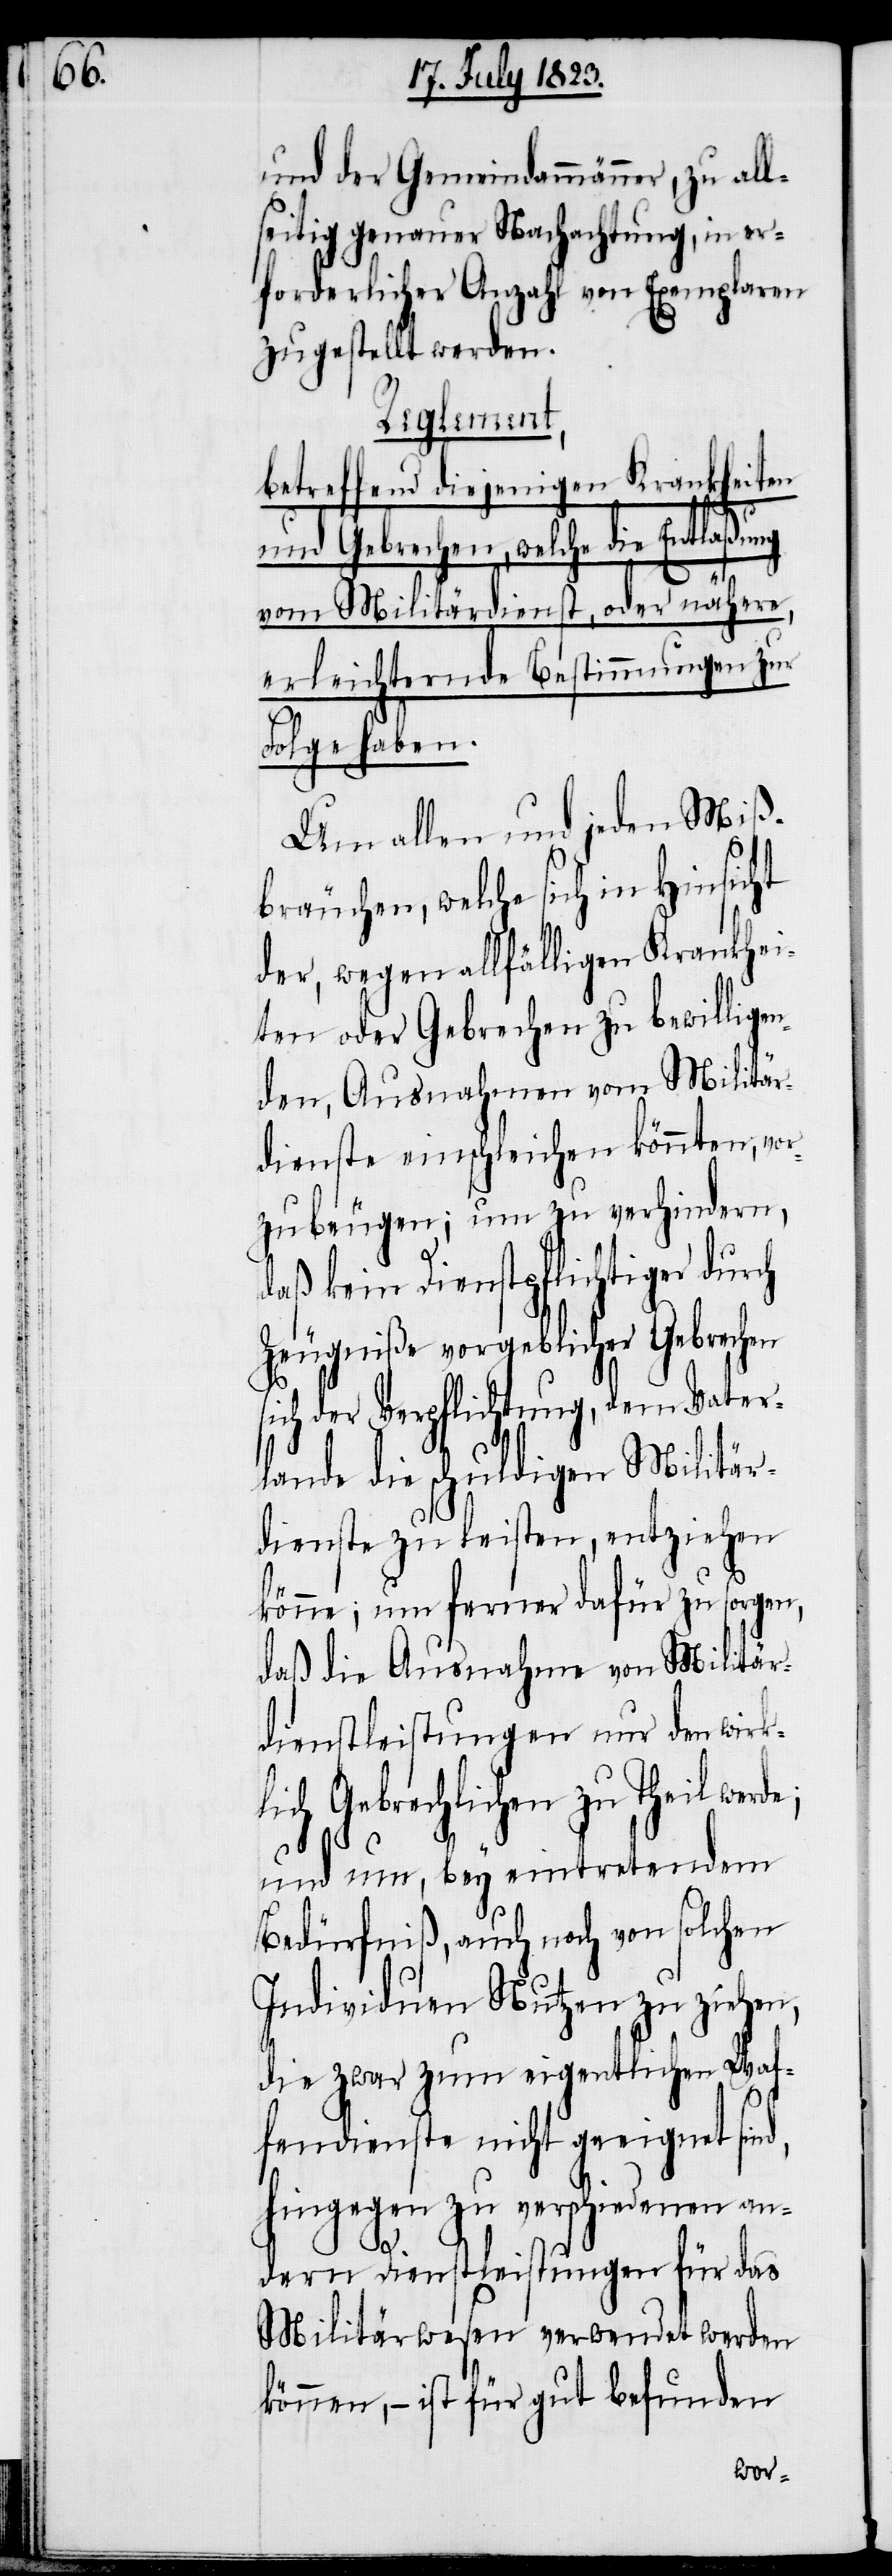
und der Gemeindammänner, zu all¬
seitig genauer Nachachtung, in er¬
forderlicher Anzahl von Exemplaren
zugestellt werden.
Reglement,
betreffend diejenigen Krankheiten
Entlaßung
ch
und Gebrechen, welc¬
st, oder nähere,
vom Militärdien¬
erleichternde Bestimmungen zur
Folge haben.
Um allen und jeden Miß¬
bräuchen, welche sich in Hinsicht
der, wegen allfälligen Krankhei¬
ten oder Gebrechen zu bewilligen¬
den, Ausnahmen vom Militär¬
dienste einschleichen könnten, vor¬
zubeugen; um zu verhindern,
aß kein Dienstpflichtiger dur¬
Zeugniße vorgeblicher Gebrechen
sich der Verpflichtung, dem Vater¬
lande die schuldigen Militär¬
dienste zu leisten, entziehen
könne; um ferner dafür zu sorgen,
daß die Ausnahme von Militär¬
dienstleistungen nur den wirkl¬
ich Gebrechlichen zu Theil
und um, bey eintretendem
Bedürfniß, auch noch von solchen
Individuen Nutzen zu ziehen,
die zwar zum eigentlichen Waf¬
fendienste nicht geeignet sind,
hingegen zu verschiedenen an¬
dern Dienstleistungen für das
Militärwesen verwendet werden
können, − ist für gut befunden